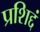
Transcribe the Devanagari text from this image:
प्रशिद्दं